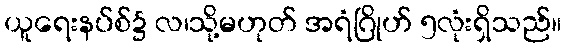
ယူရေးနပ်စ်၌ လ၊သို့မဟုတ် အရံဂြိုဟ် ၅လုံးရှိသည်။